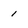
Character: 1